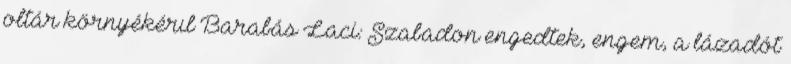
oltár környékérıl Barabás Laci: Szabadon engedtek, engem, a lázadót